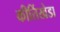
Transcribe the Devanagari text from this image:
कीर्तिखेडा